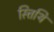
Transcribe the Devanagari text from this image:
स्त्तिथि